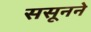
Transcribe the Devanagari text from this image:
ससूनने